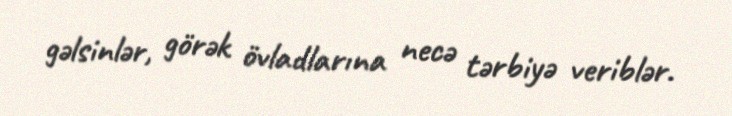
gəlsinlər, görək övladlarına necə tərbiyə veriblər.